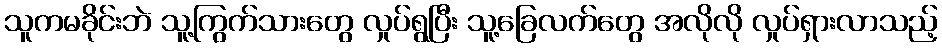
သူကမခိုင်းဘဲ သူ့ကြွက်သားတွေ လှုပ်ရွပြီး သူ့ခြေလက်တွေ အလိုလို လှုပ်ရှားလာသည့်